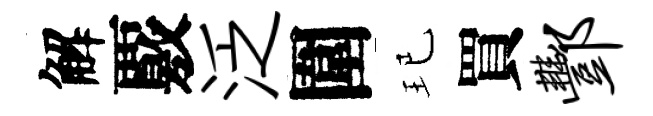
解覈泛圍玘買酆